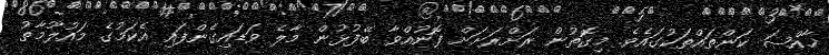
ޚާއްޞަ ކަންތައްތަކުގައެވެ. މިގޮތުން ރަށްރަށަށް ފޮނުއްވާ ބޭފުޅުން މާލެ ވަޑައިގެންފައި އެކަމުގެ މައުލޫމާތު